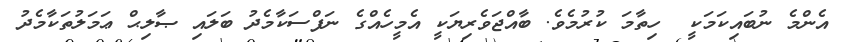
އެންމެ ނުބައިކަމަކީ  ހިތާމަ ކުރުމެވެ. ބާއްޖަވެރިޔަކީ އެމީހެއްގެ ނަފްސަކާމެދު ބަލައި ޞާލިޙް ޢަމަލުތަކާމެދު